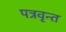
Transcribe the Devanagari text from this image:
पत्रवृन्त